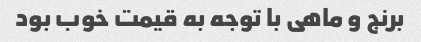
برنج و ماهی با توجه به قیمت خوب بود